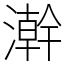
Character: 澣